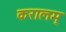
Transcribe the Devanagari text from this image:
करालम्